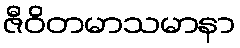
ဇီဝိတမာသမာနာ